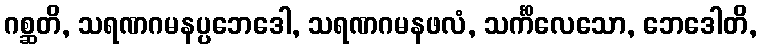
ဂစ္ဆတိ, သရဏဂမနပ္ပဘေဒေါ, သရဏဂမနဖလံ, သင်္ကိလေသော, ဘေဒေါတိ,